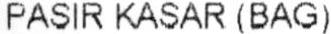
PASIR KASAR (BAG)